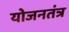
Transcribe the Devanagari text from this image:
योजनतंत्र